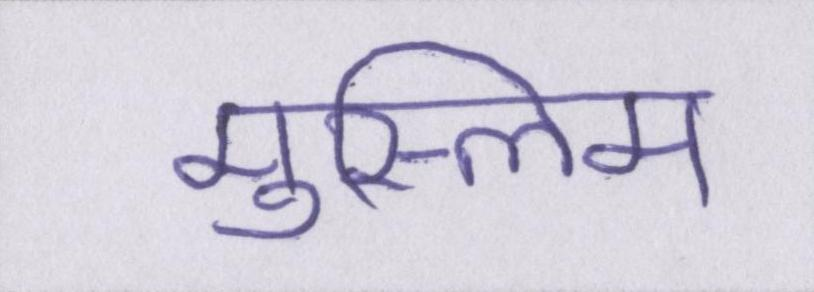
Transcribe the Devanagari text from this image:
मुस्लिम